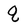
Character: q